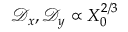
\mathcal { D } _ { x } , \mathcal { D } _ { y } \propto X _ { 0 } ^ { 2 / 3 }